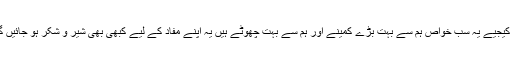
یقین کیجیے یہ سب خواص ہم سے بہت بڑے کمینے اور ہم سے بہت چھوٹے ہیں یہ اپنے مفاد کے لیے کبھی بھی شیر و شکر ہو جائیں گے ۔